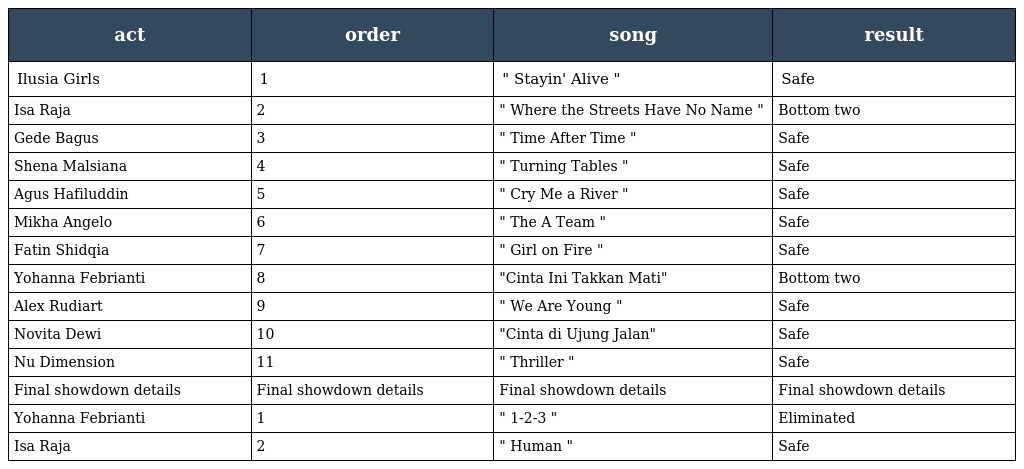
| act | order | song | result |
 | --- | --- | --- | --- |
 | Ilusia Girls | 1 | " Stayin' Alive " | Safe |
 | Isa Raja | 2 | " Where the Streets Have No Name " | Bottom two |
 | Gede Bagus | 3 | " Time After Time " | Safe |
 | Shena Malsiana | 4 | " Turning Tables " | Safe |
 | Agus Hafiluddin | 5 | " Cry Me a River " | Safe |
 | Mikha Angelo | 6 | " The A Team " | Safe |
 | Fatin Shidqia | 7 | " Girl on Fire " | Safe |
 | Yohanna Febrianti | 8 | "Cinta Ini Takkan Mati" | Bottom two |
 | Alex Rudiart | 9 | " We Are Young " | Safe |
 | Novita Dewi | 10 | "Cinta di Ujung Jalan" | Safe |
 | Nu Dimension | 11 | " Thriller " | Safe |
 | Final showdown details | Final showdown details | Final showdown details | Final showdown details |
 | Yohanna Febrianti | 1 | " 1-2-3 " | Eliminated |
 | Isa Raja | 2 | " Human " | Safe |